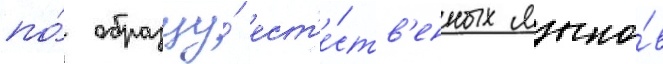
по́ образцу́ ест'е́ств'енных языко́в